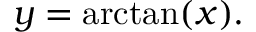
y = \arctan ( x ) .